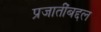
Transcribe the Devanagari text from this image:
प्रजातींबद्दल